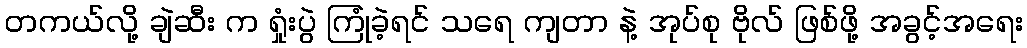
တကယ်လို့ ချဲဆီး က ရှုံးပွဲ ကြုံခဲ့ရင် သရေ ကျတာ နဲ့ အုပ်စု ဗိုလ် ဖြစ်ဖို့ အခွင့်အရေး